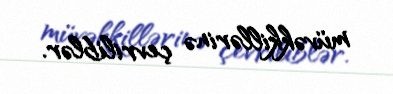
müvəkkillərinə çevriliblər.